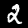
Digit: 2